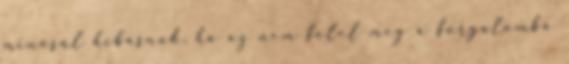
minősül hibásnak, ha az nem felel meg a forgalomba